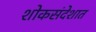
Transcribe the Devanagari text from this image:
शोकसंदेशात